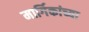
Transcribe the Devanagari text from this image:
मार्गिकांच्या